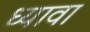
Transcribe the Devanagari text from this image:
ध्यावा